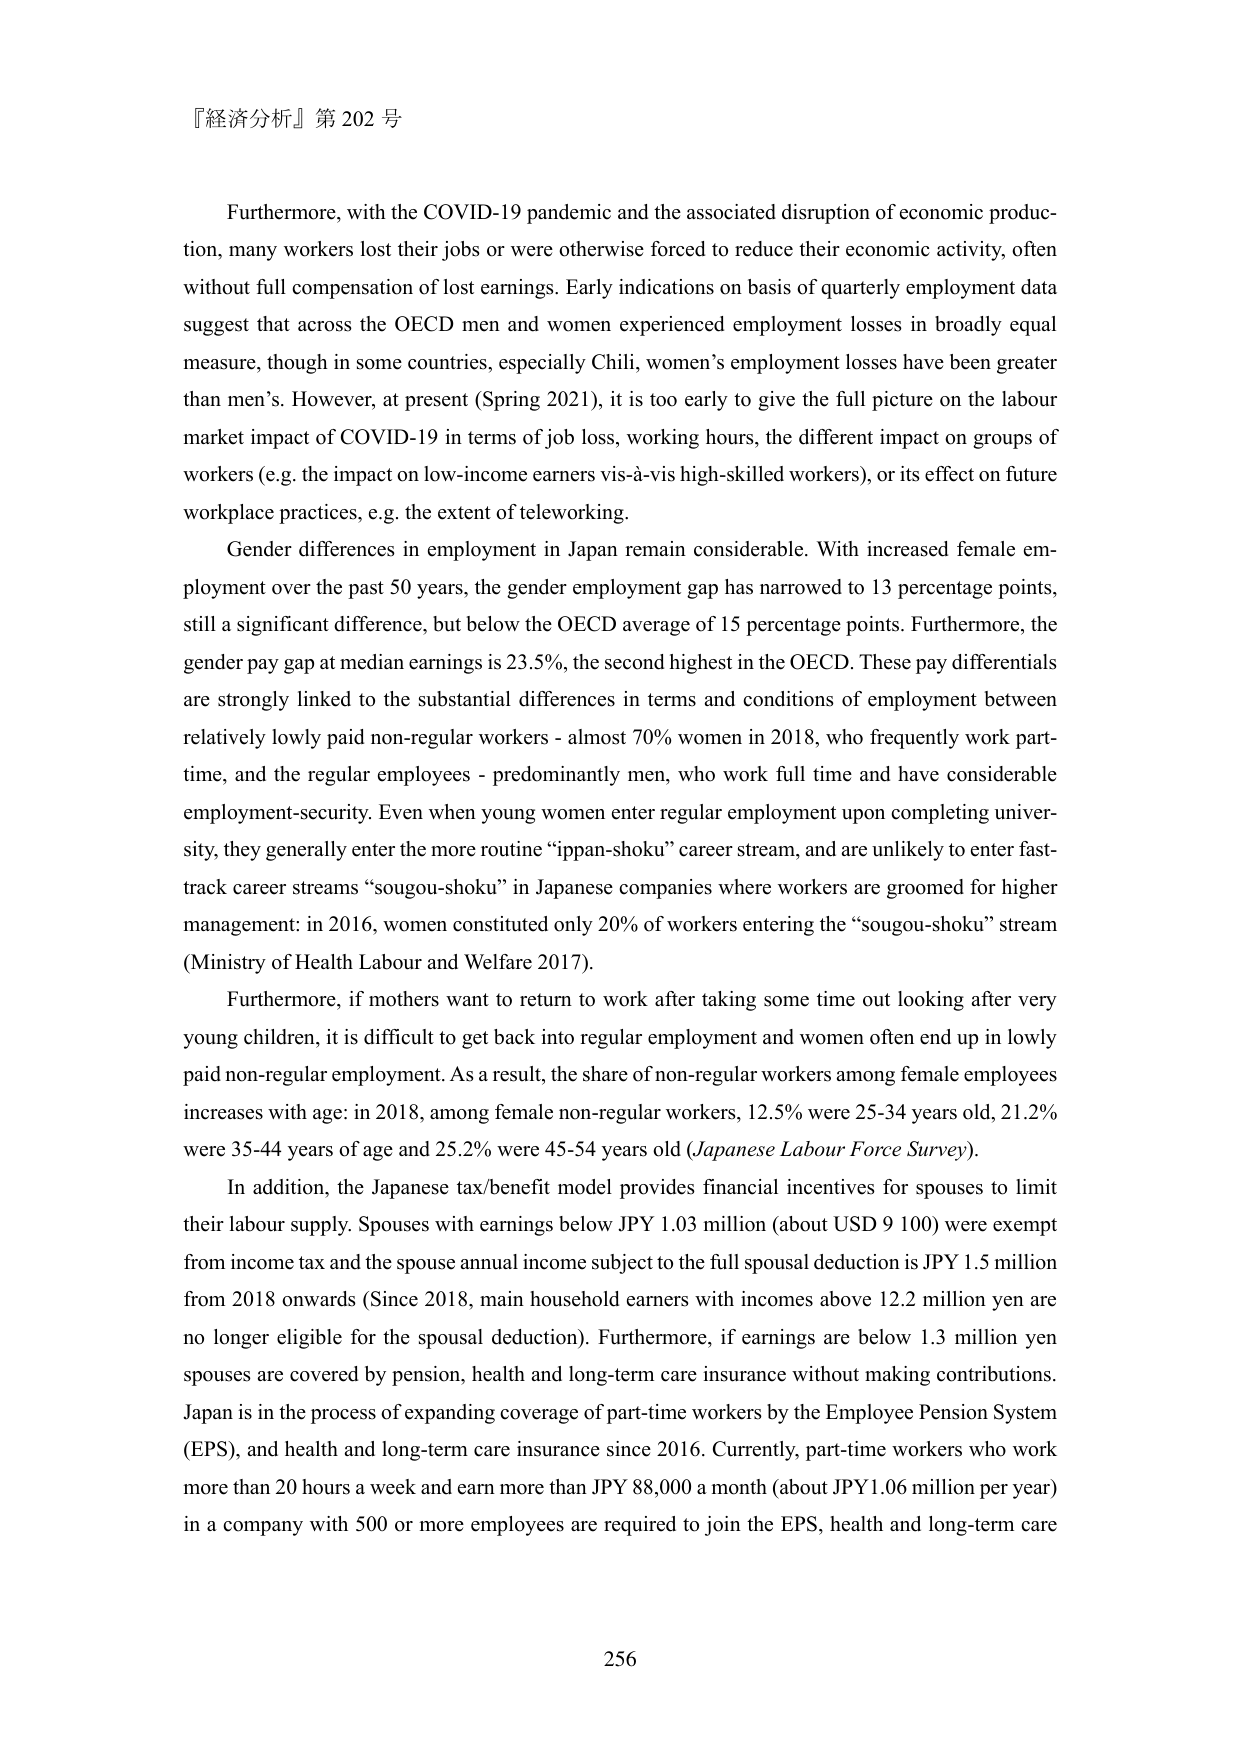
『経済分析』第 202 号

Furthermore, with the COVID-19 pandemic and the associated disruption of economic production, many workers lost their jobs or were otherwise forced to reduce their economic activity, often without full compensation of lost earnings. Early indications on basis of quarterly employment data suggest that across the OECD men and women experienced employment losses in broadly equal measure, though in some countries, especially Chili, women’s employment losses have been greater than men’s. However, at present (Spring 2021), it is too early to give the full picture on the labour market impact of COVID-19 in terms of job loss, working hours, the different impact on groups of workers (e.g. the impact on low-income earners vis-à-vis high-skilled workers), or its effect on future workplace practices, e.g. the extent of teleworking.

Gender differences in employment in Japan remain considerable. With increased female employment over the past 50 years, the gender employment gap has narrowed to 13 percentage points, still a significant difference, but below the OECD average of 15 percentage points. Furthermore, the gender pay gap at median earnings is 23.5%, the second highest in the OECD. These pay differentials are strongly linked to the substantial differences in terms and conditions of employment between relatively lowly paid non-regular workers - almost 70% women in 2018, who frequently work part-time, and the regular employees - predominantly men, who work full time and have considerable employment-security. Even when young women enter regular employment upon completing university, they generally enter the more routine “ippan-shoku” career stream, and are unlikely to enter fast-track career streams “sougou-shoku” in Japanese companies where workers are groomed for higher management: in 2016, women constituted only 20% of workers entering the “sougou-shoku” stream (Ministry of Health Labour and Welfare 2017).

Furthermore, if mothers want to return to work after taking some time out looking after very young children, it is difficult to get back into regular employment and women often end up in lowly paid non-regular employment. As a result, the share of non-regular workers among female employees increases with age: in 2018, among female non-regular workers, 12.5% were 25-34 years old, 21.2% were 35-44 years of age and 25.2% were 45-54 years old (Japanese Labour Force Survey).

In addition, the Japanese tax/benefit model provides financial incentives for spouses to limit their labour supply. Spouses with earnings below JPY 1.03 million (about USD 9 100) were exempt from income tax and the spouse annual income subject to the full spousal deduction is JPY 1.5 million from 2018 onwards (Since 2018, main household earners with incomes above 12.2 million yen are no longer eligible for the spousal deduction). Furthermore, if earnings are below 1.3 million yen spouses are covered by pension, health and long-term care insurance without making contributions. Japan is in the process of expanding coverage of part-time workers by the Employee Pension System (EPS), and health and long-term care insurance since 2016. Currently, part-time workers who work more than 20 hours a week and earn more than JPY 88,000 a month (about JPY1.06 million per year) in a company with 500 or more employees are required to join the EPS, health and long-term care

256